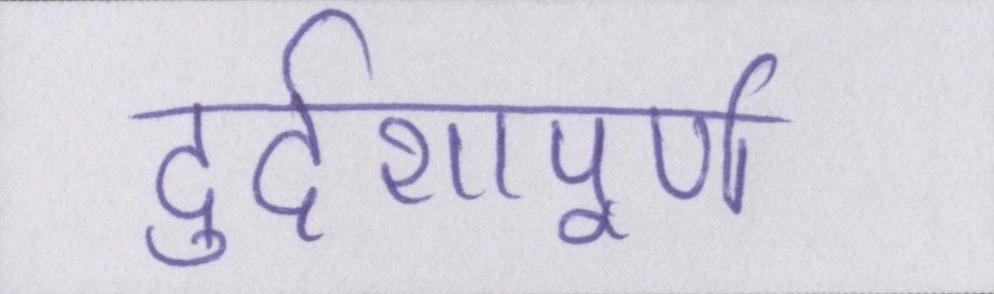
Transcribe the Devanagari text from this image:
दुर्दशापूर्ण